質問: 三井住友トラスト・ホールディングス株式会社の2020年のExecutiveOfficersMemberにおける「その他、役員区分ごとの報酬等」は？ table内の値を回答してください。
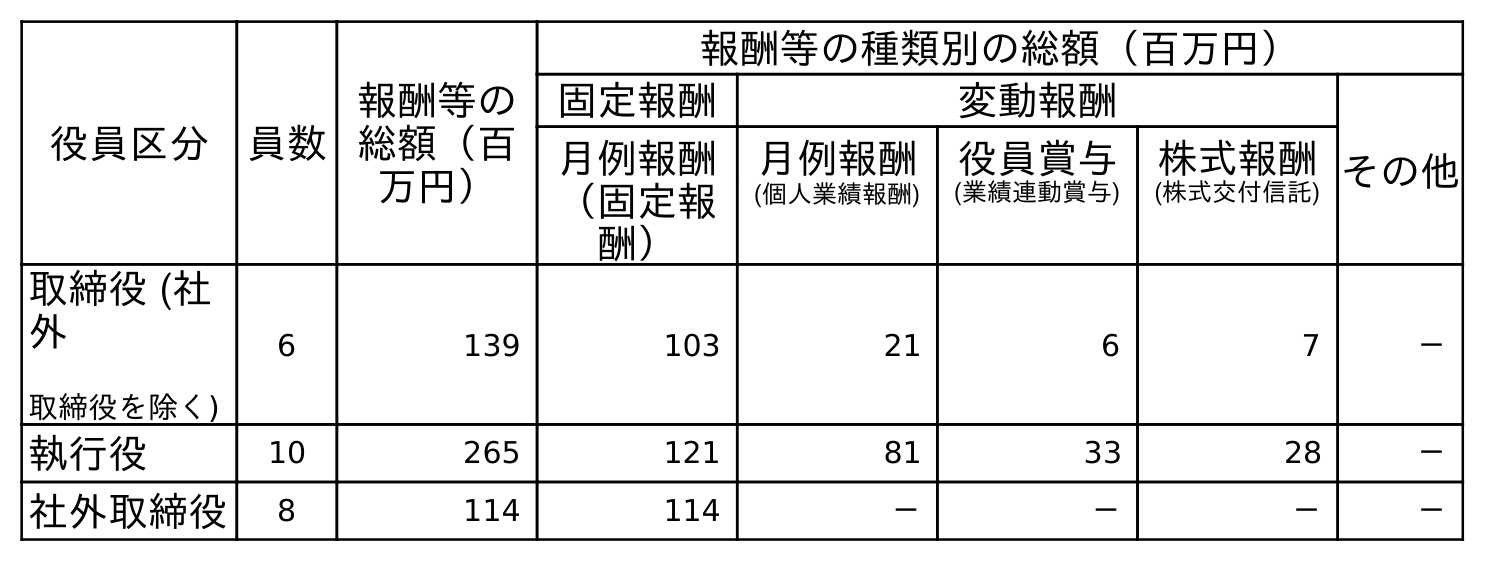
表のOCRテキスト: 役員区分 員数 報酬等の 総額（百 万円） 報酬等の種類別の総額（百万円） 固定報酬 変動報酬 その他 月例報酬 月例報酬 役員賞与 株式報酬 （固定報 酬） (個人業績報酬) (業績連動賞与) (株式交付信託) 取締役 (社 外 取締役を除く) 6 139 103 21 6 7 － 執行役 10 265 121 81 33 28 － 社外取締役 8 114 114 － － － －
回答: －